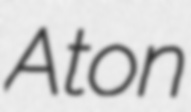
Aton